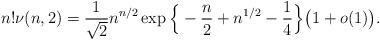
LaTeX: \begin{align*} n!\nu(n,2)= \frac{1}{\sqrt2} n^{n/2} \exp\Big\{- \frac{n}{2}+n^{1/2}- \frac{1}{4}\Big\}\big(1+o(1)\big). \end{align*}